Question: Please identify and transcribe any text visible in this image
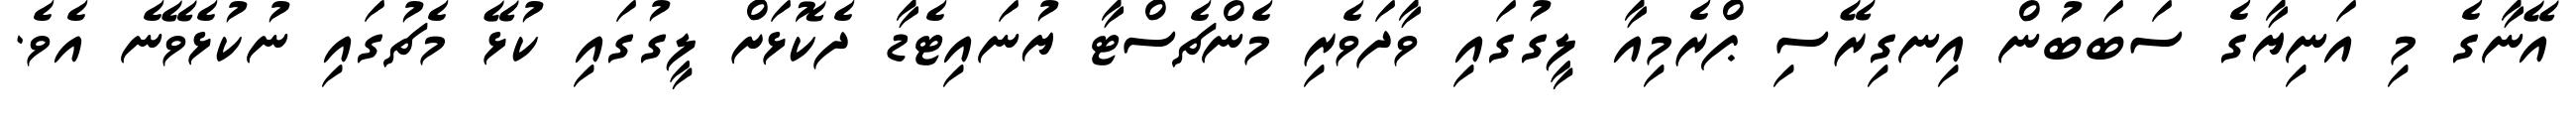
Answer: އޭނާގެ މި އަނިޔާގެ ސަބަބުން އިނގިރޭސި ޕްރެމިއާ ލީގުގައި ވާދަވެރި މެންޗެސްޓާ ޔުނައިޓެޑާ ދެކޮޅަށް ލީގުގައި ކުޅޭ މެޗުގައި ނުކުޅެވޭނެ އެވެ.